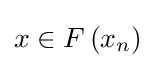
x\in F\left(x_{n}\right)